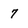
Character: 7